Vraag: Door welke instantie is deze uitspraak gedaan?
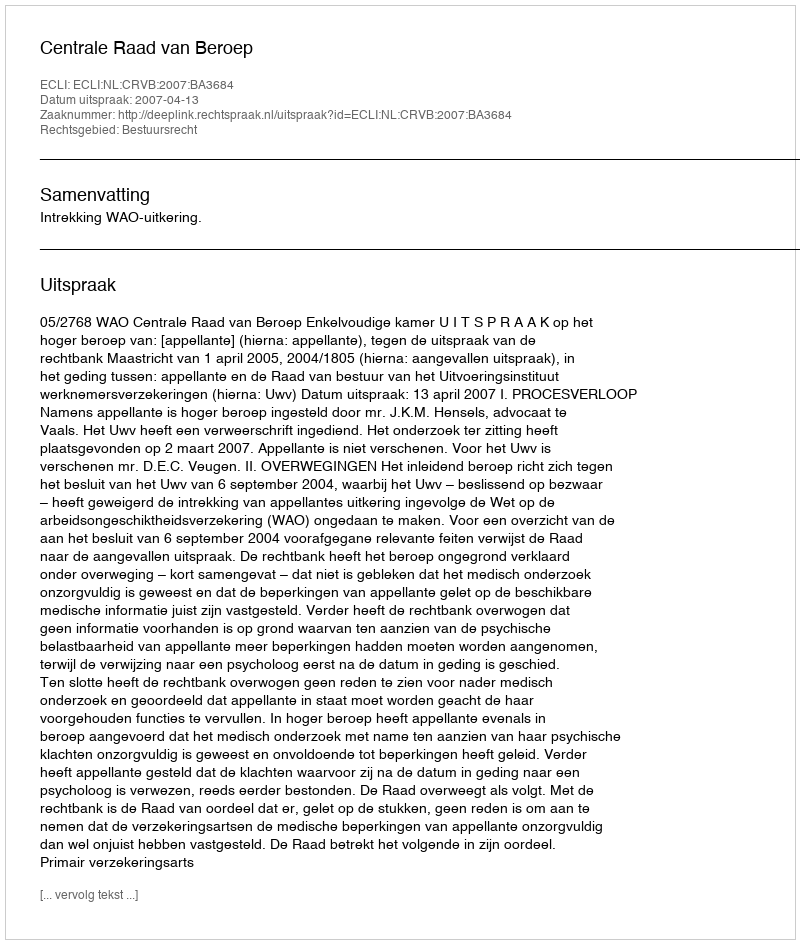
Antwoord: Centrale Raad van Beroep